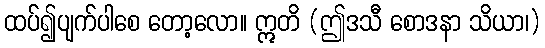
ထပ်၍ပျက်ပါစေ တော့လော။ ဣတိ (ဤဒသီ စောဒနာ သိယာ၊)